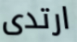
ارتدى